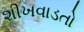
શીખવાડતો